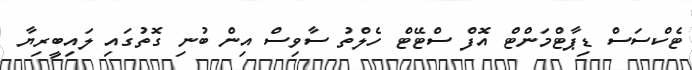
ޓެކްސަސް ޑިޕާޓްމަންޓް އޮފް ސްޓޭޓް ހެލްތު ސާވިސް އިން ބުނި ގޮތުގައި ލައިބީރިޔާ